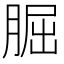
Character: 𦜇